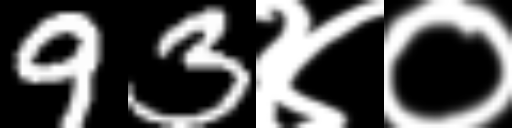
Text: 93४०